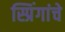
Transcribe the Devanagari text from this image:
स्प्रिंगांचे